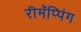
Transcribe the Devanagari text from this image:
रीमॅप्पिंग